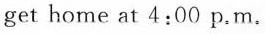
get home at 4:00 p.m.